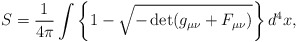
\begin{align*}S=\frac{1}{4\pi}\int\left\{1-\sqrt{-\det(g_{\mu\nu}+F_{\mu\nu})}\right\}d^4x,\end{align*}